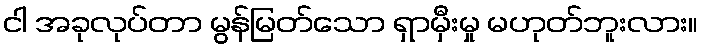
ငါ အခုလုပ်တာ မွန်မြတ်သော ရှာမှီးမှု မဟုတ်ဘူးလား။